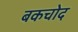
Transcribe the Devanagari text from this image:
बकचोद